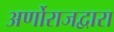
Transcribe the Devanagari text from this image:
अर्णोराजद्वारा